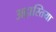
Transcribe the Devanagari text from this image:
अद्रास्तिया